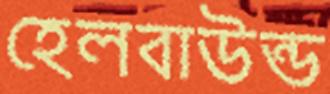
হেলবাউন্ড